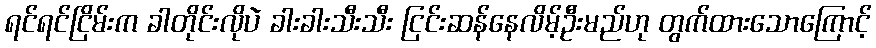
ရင်ရင်ငြိမ်းက ခါတိုင်းလိုပဲ ခါးခါးသီးသီး ငြင်းဆန်နေလိမ့်ဦးမည်ဟု တွက်ထားသောကြောင့်